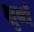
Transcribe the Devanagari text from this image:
क्षुब्धँ